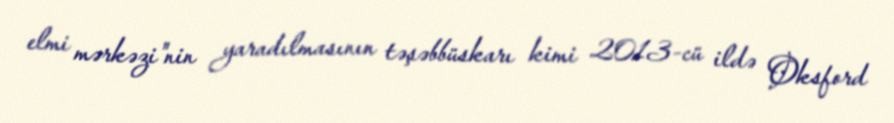
elmi mərkəzi"nin yaradılmasının təşəbbüskarı kimi 2013-cü ildə Oksford